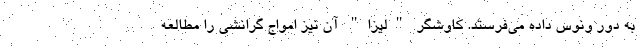
به دور ونوس داده می‌فرستد. کاوشگر "لیزا" آن نیز امواج گرانشی را مطالعه